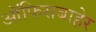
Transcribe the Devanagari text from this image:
ऑफिसबाहेर